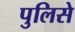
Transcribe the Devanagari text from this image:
पुलिसे